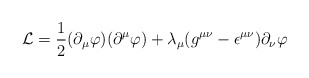
\begin{align*}{\cal L} =\frac{1}{2} (\partial_\mu \varphi) (\partial^\mu\varphi)+\lambda_\mu (g^{\mu \nu}-\epsilon^{\mu \nu})\partial_\nu \varphi\end{align*}